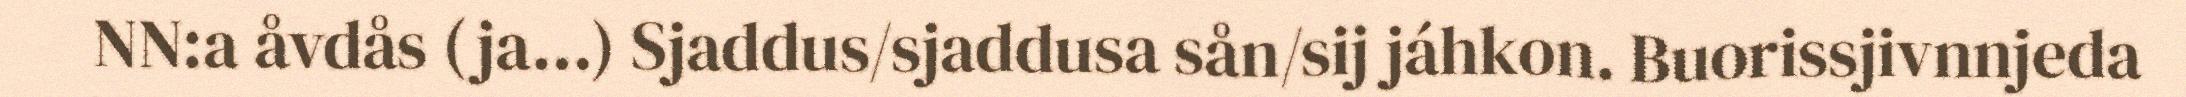
NN:a åvdås (ja…) Sjaddus/sjaddusa sån/sij jáhkon. Buorissjivnnjeda